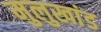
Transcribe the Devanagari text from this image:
मुलुखांड